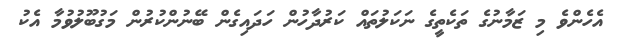
އެހެންވެ މި ޒަމާނުގެ ތަކެތީގެ ނަކަލުތައް ކަރުދާހުން ހަދައިގެން ބޭނުންކުރުން މަގުބޫލުވުމާ އެކު